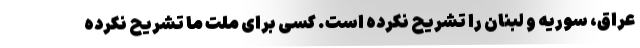
عراق، سوریه و لبنان را تشریح نکرده است. کسی برای ملت ما تشریح نکرده